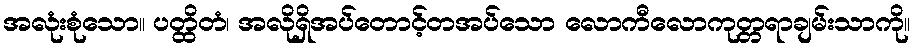
အလုံးစုံသော။ ပတ္ထိတံ၊ အလိုရှိအပ်တောင့်တအပ်သော လောကီလောကုတ္တရာချမ်းသာကို။